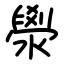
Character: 澩